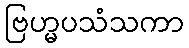
ဗြဟ္မပသံသကာ